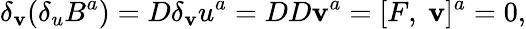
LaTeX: \delta_{\mathbf{v}}(\delta_{u}B^{a})=D\delta_{\mathbf{v}}u^{a}=DD\mathbf{v}^{a}=[F,~\mathbf{v}]^{a}=0,